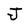
Character: J